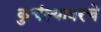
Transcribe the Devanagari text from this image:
कुचंल्यावरचे